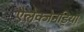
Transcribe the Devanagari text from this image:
ऐलेक्जेनड्रिया